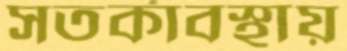
সতর্কাবস্থায়